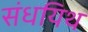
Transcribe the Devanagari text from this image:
संधयिथ